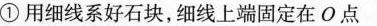
① 用细线系好石块，细线上端固定在O点